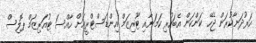
ހަރުދަނާކުރަން ޖެހޭ ކަންކަން އެބަހުރި ކަމަށާއި ޓޫރިޒަމް އިންޑަސްޓްރީއަށް ހާއްސަ ޓުއަރިޒަމް ޕޮލިސް